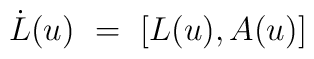
\dot{L}(u)~=~[L(u),A(u)]